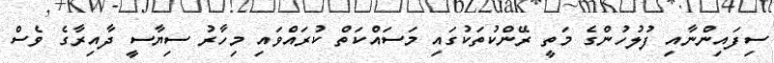
ސިފައިންނާއި ފުލުހުންގެ މަތީ ރޭންކުތަކުގައި މަސައްކަތް ކުރައްވައި މިހާރު ސިޔާސީ ދާއިރާގެ ވެސް